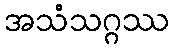
အသံသဂ္ဂဿ